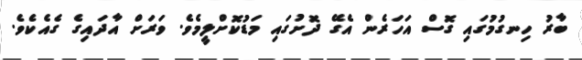
ބާރު ހިނގުމުގައި ގޮސް އަހަރެން އެގޭ ދޮށުގައި މަޑުކޮށްލީމެވެ. ވަރަށް އާދައިގެ ގެއެކެވެ.